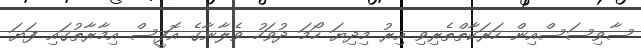
ސާވިސަސްއިން ހަރަކާތްތެރިވި އިރު މިދިޔަ ހޯމަ ދުވަހު ވެލާނާގެ އޮފީސް އިމާރާތުގައި ފަޔަ